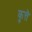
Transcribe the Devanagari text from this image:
कुत्तॆ